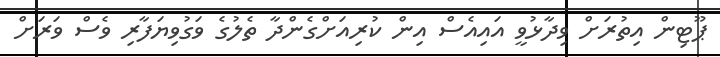
ޕޫޓިން އިތުރަށް ވިދާޅުވީ އައިއެސް އިން ކުރިއަށްގެންދާ ތެލުގެ ވަގުވިޔަފާރި ވެސް ވަރަށް